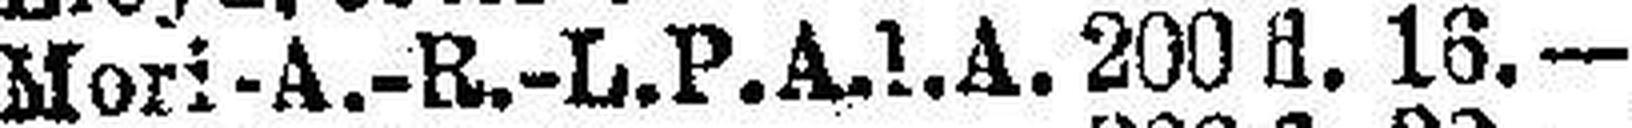
Mori-A.-R.-L. P. A. l. A. 200 fl. 16.—